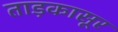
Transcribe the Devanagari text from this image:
ताड़कासूर